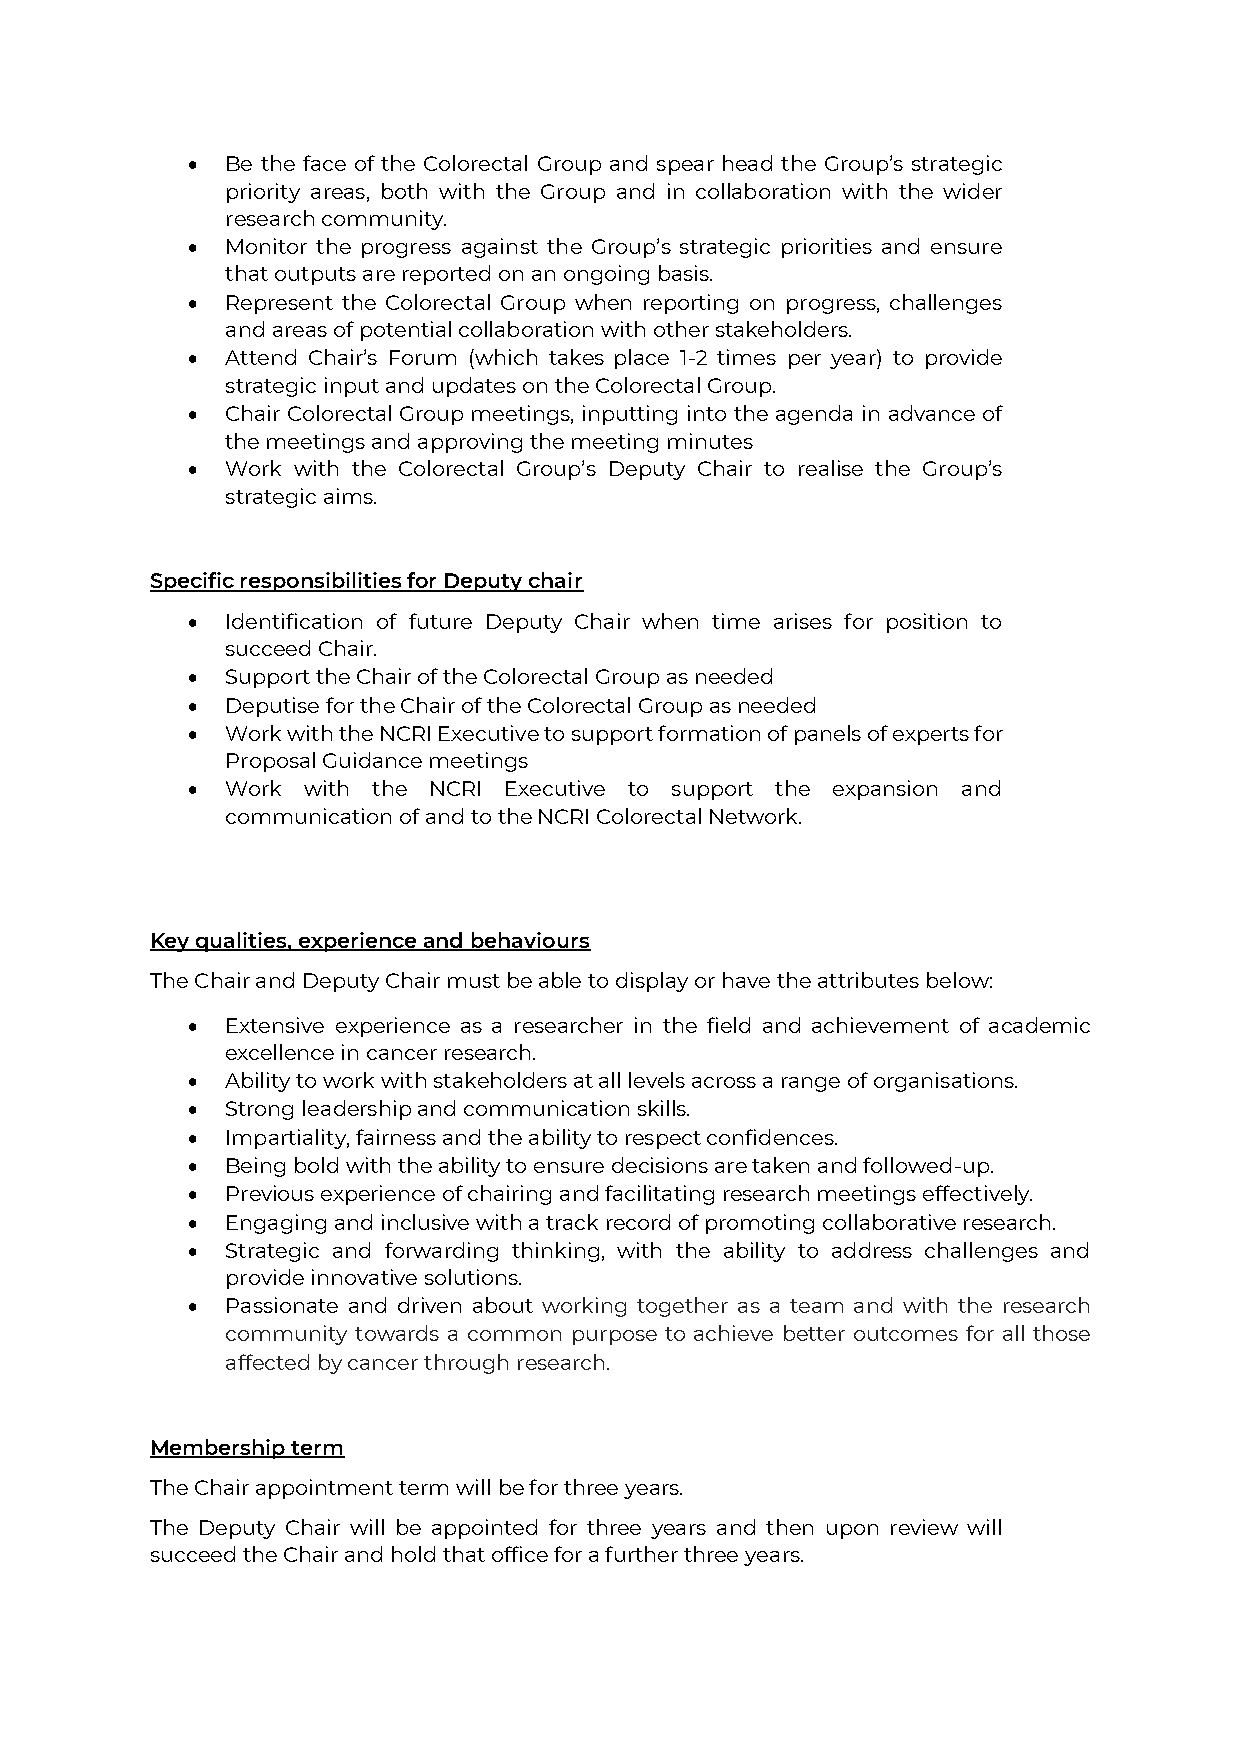
•  Be the face of the Colorectal Group and spear head the Group’s strategic
 priority areas, both with the Group and in collaboration with the wider
 research community.
 •  Monitor the progress against the Group’s strategic priorities and ensure
 that outputs are reported on an ongoing basis.
 •  Represent the Colorectal Group when reporting on progress, challenges
 and areas of potential collaboration with other stakeholders.
 •  Attend Chair’s Forum (which takes place 1-2 times per year) to provide
 strategic input and updates on the Colorectal Group.
 •  Chair Colorectal Group meetings, inputting into the agenda in advance of
 the meetings and approving the meeting minutes
 •  Work with the Colorectal Group’s Deputy Chair to realise the Group’s
 strategic aims.
 Specific responsibilities for Deputy chair
 •  Identification of future Deputy Chair when time arises for position to
 succeed Chair.
 •  Support the Chair of the Colorectal Group as needed
 •  Deputise for the Chair of the Colorectal Group as needed
 •  Work with the NCRI Executive to support formation of panels of experts for
 Proposal Guidance meetings
 •  Work with the NCRI Executive to support the expansion and
 communication of and to the NCRI Colorectal Network.
 Key qualities, experience and behaviours
 The Chair and Deputy Chair must be able to display or have the attributes below:
 •  Extensive experience as a researcher in the field and achievement of academic
 excellence in cancer research.
 •  Ability to work with stakeholders at all levels across a range of organisations.
 •  Strong leadership and communication skills.
 •  Impartiality, fairness and the ability to respect confidences.
 •  Being bold with the ability to ensure decisions are taken and followed-up.
 •  Previous experience of chairing and facilitating research meetings effectively.
 •  Engaging and inclusive with a track record of promoting collaborative research.
 •  Strategic and forwarding thinking, with the ability to address challenges and
 provide innovative solutions.
 •  Passionate and driven about working together as a team and with the research
 community towards a common purpose to achieve better outcomes for all those
 affected by cancer through research.
 Membership term
 The Chair appointment term will be for three years.
 The Deputy Chair will be appointed for three years and then upon review will
 succeed the Chair and hold that office for a further three years.